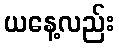
ယနေ့လည်း